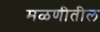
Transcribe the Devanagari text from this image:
मळणीतील